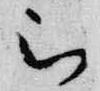
被